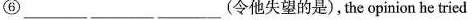
⑥___ ___ ___(令他失望的是),the opinion he tried